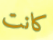
كانت